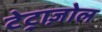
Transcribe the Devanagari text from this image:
टेट्राज़ोल